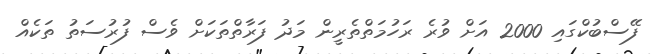
ފޭސްބުކްގައި 2000 އަށް ވުރެ ރަހުމަތްތެރީން މަދު ފަރާތްތަކަށް ވެސް ފުރުސަތު ތަކެއް